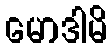
မောဒါမိ